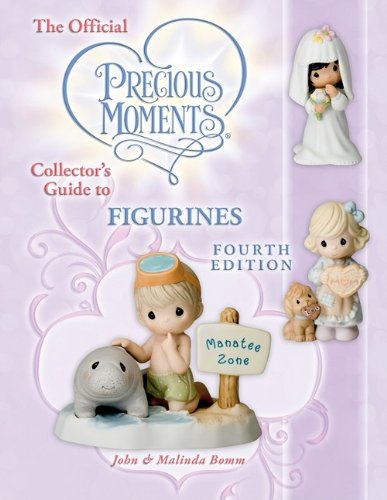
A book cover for The Official Precious Moments Collector's Guide to Figurines, Fourth Edition; John Bomm; Crafts, Hobbies & Home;